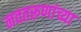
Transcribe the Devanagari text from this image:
नवतरूणांच्या